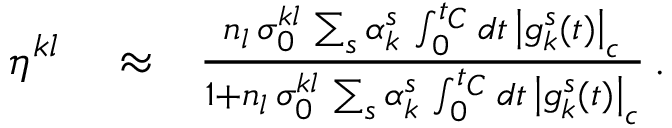
\begin{array} { r l r } { \eta ^ { k l } } & { { } \approx } & { \frac { n _ { l } \, \sigma _ { 0 } ^ { k l } \, \sum _ { s } \alpha _ { k } ^ { s } \, \int _ { 0 } ^ { t _ { C } } d t \, \left| g _ { k } ^ { s } ( t ) \right| _ { c } } { 1 + n _ { l } \, \sigma _ { 0 } ^ { k l } \, \sum _ { s } \alpha _ { k } ^ { s } \, \int _ { 0 } ^ { t _ { C } } d t \, \left| g _ { k } ^ { s } ( t ) \right| _ { c } } \, . } \end{array}